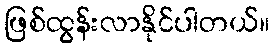
ဖြစ်ထွန်းလာနိုင်ပါတယ်။